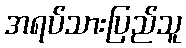
အရပ်သားပြည်သူ